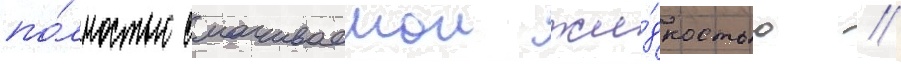
по́лностью смачиваемои жи́дкостью //